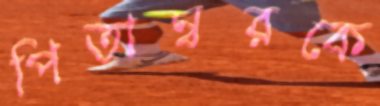
পিতাম্বরকে